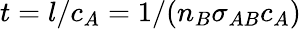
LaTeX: t=l/c_{A}=1/(n_{B}\sigma_{AB}c_{A})